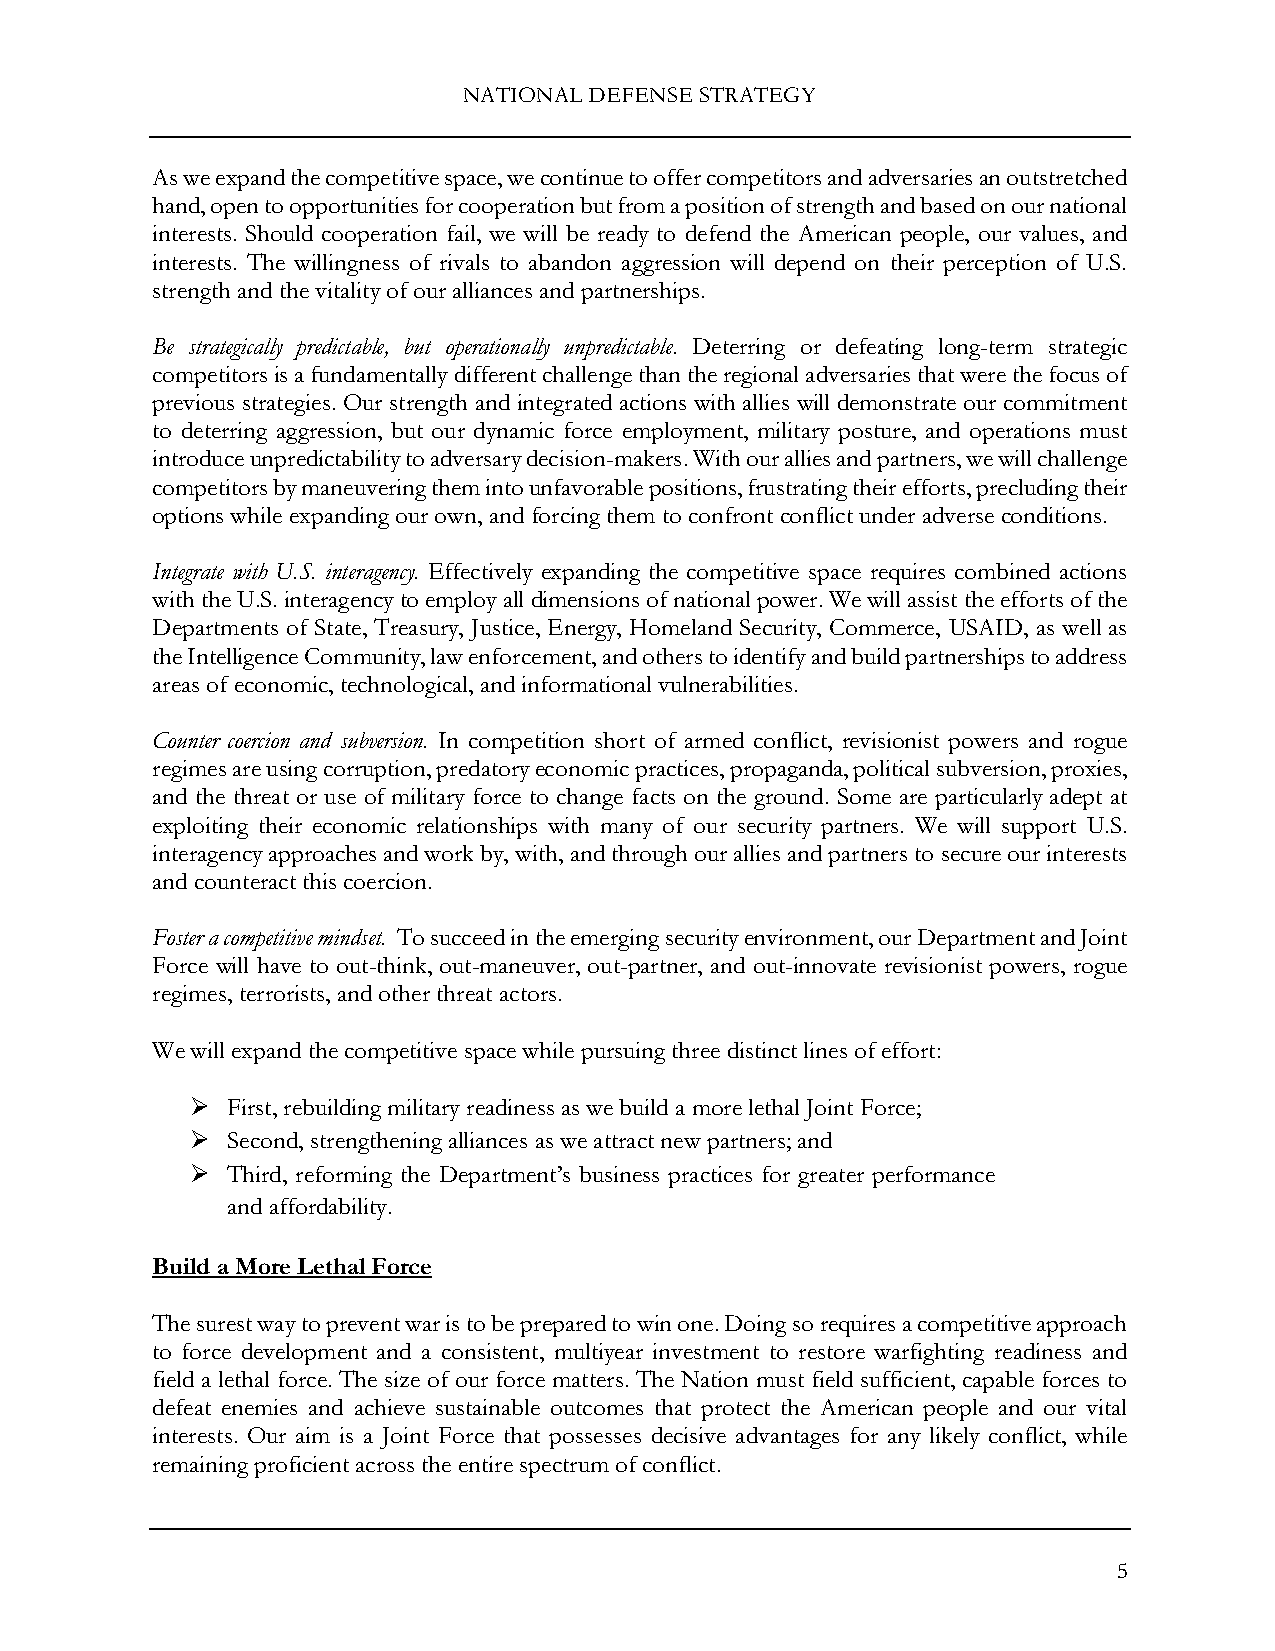
NATIONAL DEFENSE STRATEGY
 As we expand the competitive space, we continue to offer competitors and adversaries an outstretched
 hand, open to opportunities for cooperation but from a position of strength and based on our national
 interests. Should cooperation fail, we will be ready to defend the American people, our values, and
 interests. The willingness of rivals to abandon aggression will depend on their perception of U.S.
 strength and the vitality of our alliances and partnerships.
 Be strategically predictable, but operationally unpredictable. Deterring or defeating long-term strategic
 competitors is a fundamentally different challenge than the regional adversaries that were the focus of
 previous strategies. Our strength and integrated actions with allies will demonstrate our commitment
 to deterring aggression, but our dynamic force employment, military posture, and operations must
 introduce unpredictability to adversary decision-makers. With our allies and partners, we will challenge
 competitors by maneuvering them into unfavorable positions, frustrating their efforts, precluding their
 options while expanding our own, and forcing them to confront conflict under adverse conditions.
 Integrate with U.S. interagency. Effectively expanding the competitive space requires combined actions
 with the U.S. interagency to employ all dimensions of national power. We will assist the efforts of the
 Departments of State, Treasury, Justice, Energy, Homeland Security, Commerce, USAID, as well as
 the Intelligence Community, law enforcement, and others to identify and build partnerships to address
 areas of economic, technological, and informational vulnerabilities.
 Counter coercion and subversion. In competition short of armed conflict, revisionist powers and rogue
 regimes are using corruption, predatory economic practices, propaganda, political subversion, proxies,
 and the threat or use of military force to change facts on the ground. Some are particularly adept at
 exploiting their economic relationships with many of our security partners. We will support U.S.
 interagency approaches and work by, with, and through our allies and partners to secure our interests
 and counteract this coercion.
 Foster a competitive mindset. To succeed in the emerging security environment, our Department and Joint
 Force will have to out-think, out-maneuver, out-partner, and out-innovate revisionist powers, rogue
 regimes, terrorists, and other threat actors.
 We will expand the competitive space while pursuing three distinct lines of effort:
  First, rebuilding military readiness as we build a more lethal Joint Force;
  Second, strengthening alliances as we attract new partners; and
  Third, reforming the Department’s business practices for greater performance
 and affordability.
 Build a More Lethal Force
 The surest way to prevent war is to be prepared to win one. Doing so requires a competitive approach
 to force development and a consistent, multiyear investment to restore warfighting readiness and
 field a lethal force. The size of our force matters. The Nation must field sufficient, capable forces to
 defeat enemies and achieve sustainable outcomes that protect the American people and our vital
 interests. Our aim is a Joint Force that possesses decisive advantages for any likely conflict, while
 remaining proficient across the entire spectrum of conflict.
 5